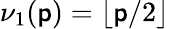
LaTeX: \nu_{1}(\mathsf{p})=\lfloor\mathsf{p}/2\rfloor